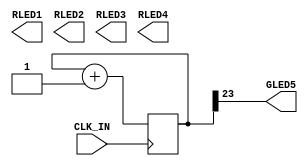
module main(input CLK_IN, 
    output GLED5, 
    output RLED1, 
    output RLED2, 
    output RLED3, 
    output RLED4);

localparam COUNTER_WIDTH = 24;
// 2^24 = 16 million or so, approx 0.75 Hz with 12 MHz clock.

reg [COUNTER_WIDTH-1:0] counter;
always @(posedge CLK_IN)
  counter <= counter + 1;

assign GLED5 = counter[COUNTER_WIDTH - 1];
/*
assign RLED1 = counter[COUNTER_WIDTH - 2];
assign RLED2 = counter[COUNTER_WIDTH - 3];
assign RLED3 = counter[COUNTER_WIDTH - 4];
assign RLED4 = counter[COUNTER_WIDTH - 5];
*/
endmodule